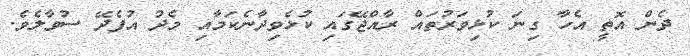
ދެން އޮތީ އެހާ ގިނަ ކުޅިވަރުތައް ރާއްޖޭގައި ކުޅެވިދާނެކަމާއި މެދު އުފެދޭ ސުވާލެވެ.